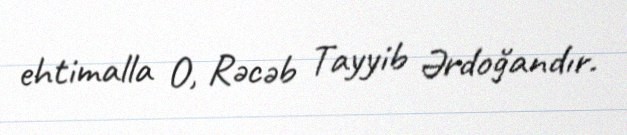
ehtimalla O, Rəcəb Tayyib Ərdoğandır.